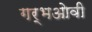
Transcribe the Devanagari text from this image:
गर्भओवी